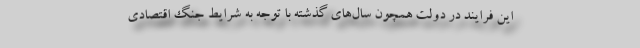
این فرایند در دولت همچون سال‌های گذشته با توجه به شرایط جنگ اقتصادی